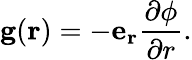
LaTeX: \mathbf{g}(\mathbf{r})=-\mathbf{e_{r}}{\frac{\partial\phi}{\partial r}}.